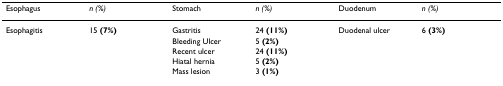
<table><thead><tr><td><b>Esophagus</b></td><td><b><i>n (%)</i></b></td><td><b>Stomach</b></td><td><b><i>n (%)</i></b></td><td><b>Duodenum</b></td><td><b><i>n (%)</i></b></td></tr></thead><tbody><tr><td>Esophagitis</td><td>15 <b>(7%)</b></td><td>Gastritis</td><td>24 <b>(11%)</b></td><td>Duodenal ulcer</td><td>6 <b>(3%)</b></td></tr><tr><td></td><td></td><td>Bleeding Ulcer</td><td>5 <b>(2%)</b></td><td></td><td></td></tr><tr><td></td><td></td><td>Recent ulcer</td><td>24 <b>(11%)</b></td><td></td><td></td></tr><tr><td></td><td></td><td>Hiatal hernia</td><td>5 <b>(2%)</b></td><td></td><td></td></tr><tr><td></td><td></td><td>Mass lesion</td><td>3 <b>(1%)</b></td><td></td><td></td></tr></tbody></table>